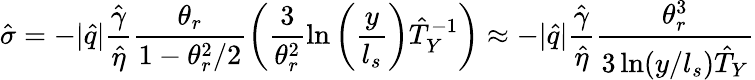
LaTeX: \hat{\sigma}=-|\hat{q}|\frac{\hat{\gamma}}{\hat{\eta}}\frac{\theta_{r}}{1-\theta_{r}^{2}/2}\left(\frac{3}{\theta_{r}^{2}}\ln\left(\frac{y}{l_{s}}\right)\hat{T}_{Y}^{-1}\right)\approx-|\hat{q}|\frac{\hat{\gamma}}{\hat{\eta}}\frac{\theta_{r}^{3}}{3\ln(y/l_{s})\hat{T}_{Y}}